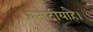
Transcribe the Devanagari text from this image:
बनादीयाहै।